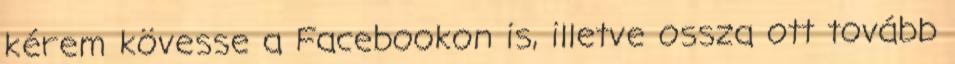
kérem kövesse a Facebookon is, illetve ossza ott tovább